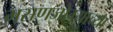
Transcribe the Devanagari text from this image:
मसणजोग्याच्या